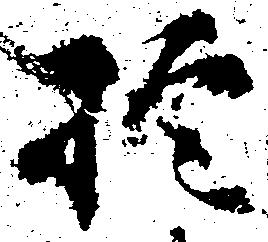
於